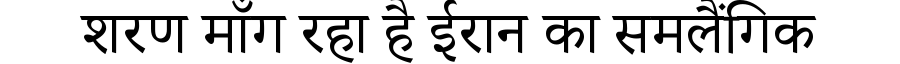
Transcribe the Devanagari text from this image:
शरण माँग रहा है ईरान का समलैंगिक